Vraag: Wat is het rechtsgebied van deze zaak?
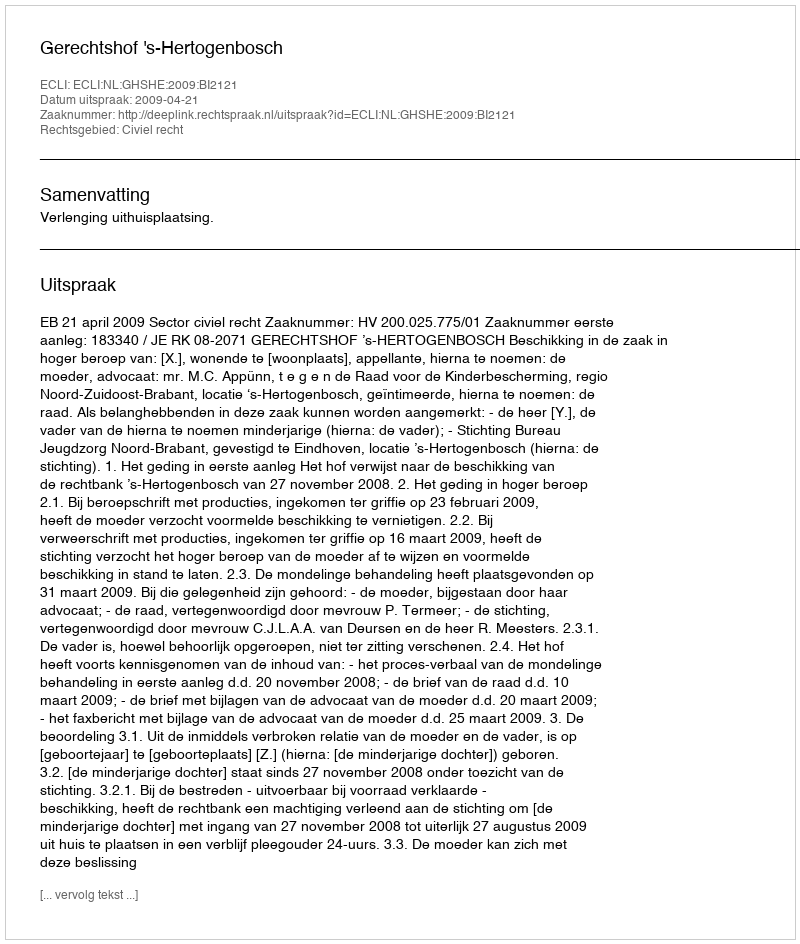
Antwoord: Civiel recht